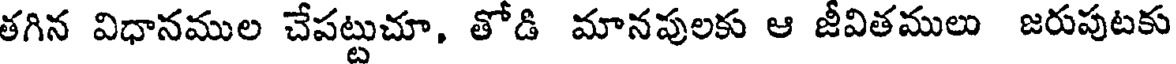
తగిన విధానముల చేపట్టుచూ, తోడి మానపులకు ఆ జీవితములు జరుపుటకు